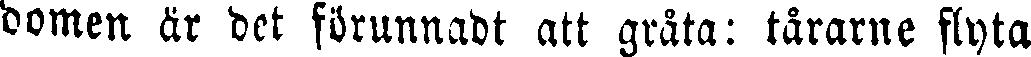
domen är det förunnadt att gråta: tårarne flyta